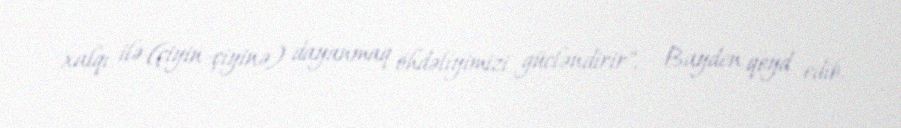
xalqı ilə (çiyin-çiyinə) dayanmaq öhdəliyimizi gücləndirir", - Bayden qeyd edib.